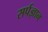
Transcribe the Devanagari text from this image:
सर्पज्ञान